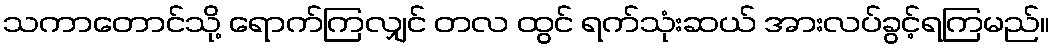
သကာတောင်သို့ ရောက်ကြလျှင် တလ ထွင် ရက်သုံးဆယ် အားလပ်ခွင့်ရကြမည်။